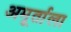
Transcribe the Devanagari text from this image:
अमूर्ताला